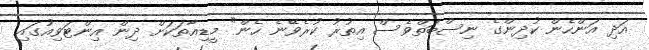
އަދި އަންހެން ކުދިންގެ ނިސްބަތްވެސް އިތުރު ކުރެވޭނެ ހެން" މީޑިއާތަކަށް ދިން އިންޓަވިއުގައި